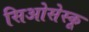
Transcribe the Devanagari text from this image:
सिओसेस्कू